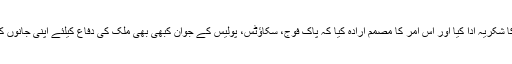
آحر میں کمانڈنٹ نے تمام شرکاء کا شکریہ ادا کیا اور اس امر کا مصمم ارادہ کیا کہ پاک فوج، سکاؤٹس، پولیس کے جوان کبھی بھی ملک کی دفاع کیلئے اپنی جانوں کی نذرانے سے دریغ نہیں کرے گا۔